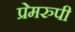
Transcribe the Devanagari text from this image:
प्रेमरुपी